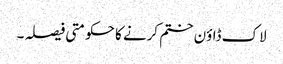
لاک ڈاؤن ختم کرنے کا حکومتی فیصلہ ۔